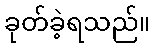
ခုတ်ခဲ့ရသည်။